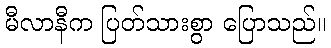
မီလာနီက ပြတ်သားစွာ ပြောသည်။